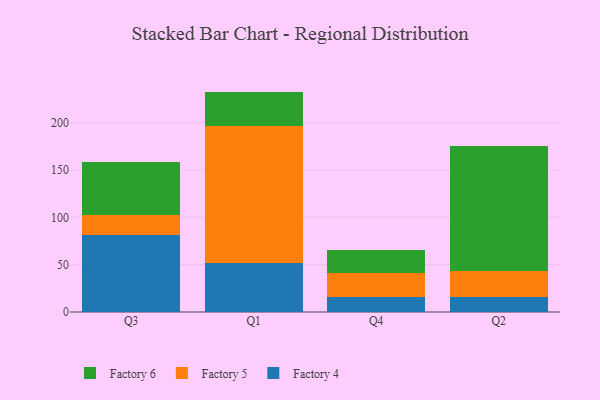
{"axis": {"x": "Quarter", "y": "Page Views"}, "legend": ["Factory 4", "Factory 5", "Factory 6"], "data": [{"x": "Q3", "y": 81.2, "type": "Factory 4"}, {"x": "Q3", "y": 20.8, "type": "Factory 5"}, {"x": "Q3", "y": 56.6, "type": "Factory 6"}, {"x": "Q1", "y": 52.1, "type": "Factory 4"}, {"x": "Q1", "y": 144.0, "type": "Factory 5"}, {"x": "Q1", "y": 36.7, "type": "Factory 6"}, {"x": "Q4", "y": 16.2, "type": "Factory 4"}, {"x": "Q4", "y": 24.8, "type": "Factory 5"}, {"x": "Q4", "y": 24.3, "type": "Factory 6"}, {"x": "Q2", "y": 15.6, "type": "Factory 4"}, {"x": "Q2", "y": 27.3, "type": "Factory 5"}, {"x": "Q2", "y": 132.6, "type": "Factory 6"}]}